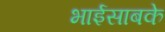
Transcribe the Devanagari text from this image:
भाईसाबके